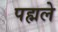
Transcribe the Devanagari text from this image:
पह्मले